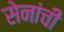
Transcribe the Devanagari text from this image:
सेनांची